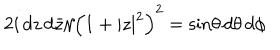
2 i \, d z \, d \bar { z } / { \left( 1 + | z | ^ { 2 } \right) ^ { 2 } } = \sin \! \theta \, d \theta \, d \phi